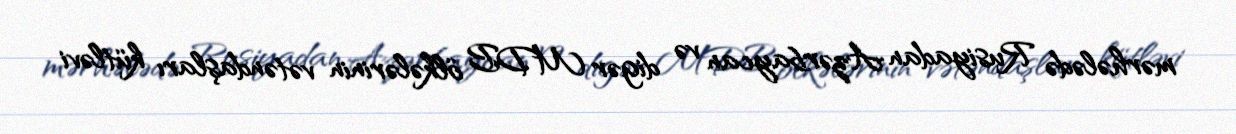
mərhələdə Rusiyadan Azərbaycan və digər MDB ölkələrinin vətəndaşları kütləvi